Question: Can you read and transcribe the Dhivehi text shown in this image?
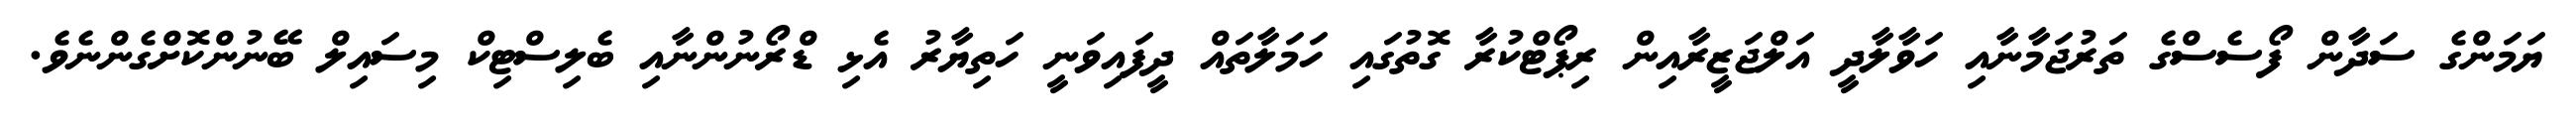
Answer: ޔަމަންގެ ސަދާން ފޯސެސްގެ ތަރުޖަމާނާއި ހަވާލާދީ އަލްޖަޒީރާއިން ރިޕޯޓްކުރާ ގޮތުގައި ހަމަލާތައް ދީފައިވަނީ ހަތިޔާރު އެޅި ޑްރޯނުންނާއި ބެލިސްޓިކް މިސައިލް ބޭނުންކޮށްގެންނެވެ.